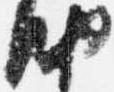
納